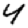
Digit: 4